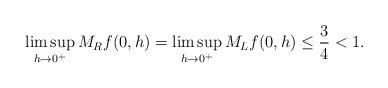
LaTeX: \begin{align*}\limsup_{h\rightarrow 0^+}M_Rf(0,h)&=\limsup_{h\rightarrow 0^+}M_Lf(0,h)\leq \frac{3}{4}<1.\end{align*}